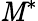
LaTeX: \mathit{M}^{*}